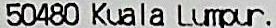
50480 KUALA LUMPUR.